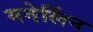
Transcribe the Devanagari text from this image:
मनेर्लिन